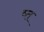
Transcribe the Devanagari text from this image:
ष्त